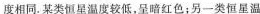
度相同。某类恒星温度较低，呈暗红色；另一类恒星温